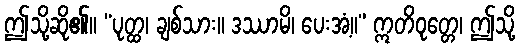
ဤသို့ဆို၏။ “ပုတ္ထ၊ ချစ်သား။ ဒဿာမိ၊ ပေးအံ့။” ဣတိဝုတ္တေ၊ ဤသို့